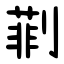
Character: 㔈